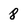
Character: 8